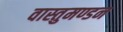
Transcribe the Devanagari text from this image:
वास्तुमण्डन